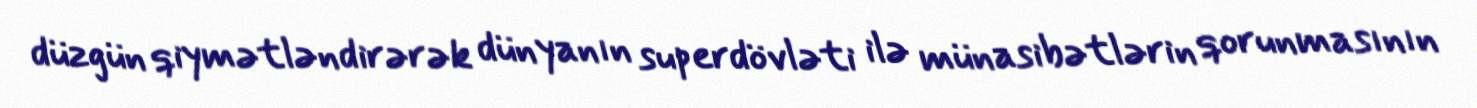
düzgün qiymətləndirərək dünyanın superdövləti ilə münasibətlərin qorunmasının